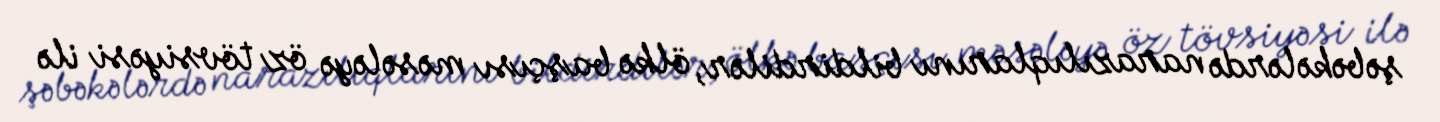
şəbəkələrdə narazılıqlarını bildirdilər, ölkə başçısı məsələyə öz tövsiyəsi ilə